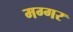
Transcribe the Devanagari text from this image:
मग्गर